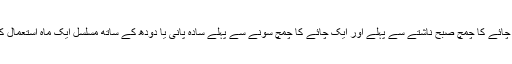
ایک چائے کا چمچ صبح ناشتے سے پہلے اور ایک چائے کا چمچ سونے سے پہلے سادہ پانی یا دودھ کے ساتھ مسلسل ایک ماہ استعمال کریں۔